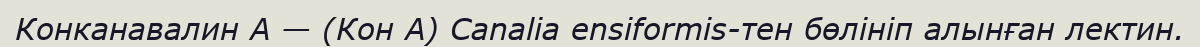
Конканавалин А — (Кон А) Canalia ensiformis-тен бөлініп алынған лектин.